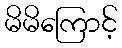
မိမိကြောင့်